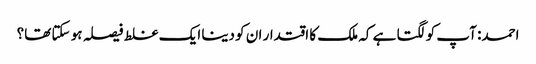
احمد: آپ کو لگتا ہے کہ ملک کا اقتدار ان کو دینا ایک غلط فیصلہ ہو سکتا تھا؟